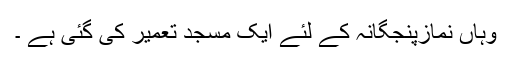
وہاں نمازپنجگانہ کے لئے ایک مسجد تعمیر کی گئی ہے ۔